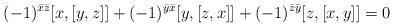
LaTeX: \begin{align*}(-1)^{\bar x \bar z}[x,[y,z]]+(-1)^{\bar y \bar x}[y,[z,x]]+(-1)^{\bar z \bar y}[z,[x,y]]=0\end{align*}